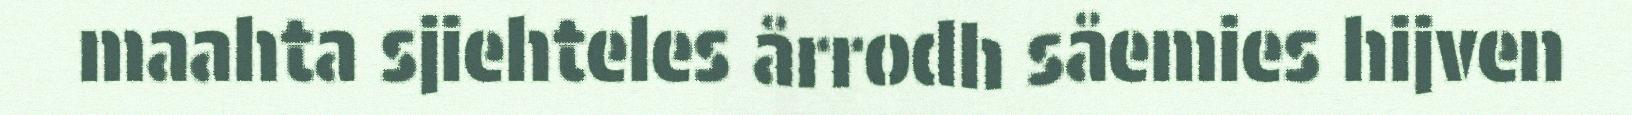
maahta sjiehteles årrodh såemies hijven